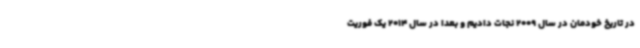
در تاریخ خودمان در سال 2009 نجات دادیم و بعدا در سال 2014 یک فوریت